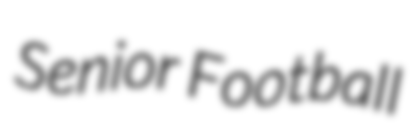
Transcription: Senior Football